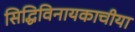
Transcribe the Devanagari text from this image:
सिद्धिविनायकाचीया